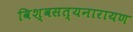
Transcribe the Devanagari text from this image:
विश्वसत्यनारायण